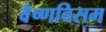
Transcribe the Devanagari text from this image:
वैष्णविसम